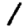
Digit: 1